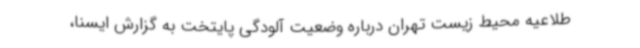
طلاعیه محیط زیست تهران درباره وضعیت آلودگی پایتخت به گزارش ایسنا،